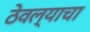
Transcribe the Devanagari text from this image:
ठेवल्याचा